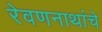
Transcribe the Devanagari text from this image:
रेवणनाथांचे